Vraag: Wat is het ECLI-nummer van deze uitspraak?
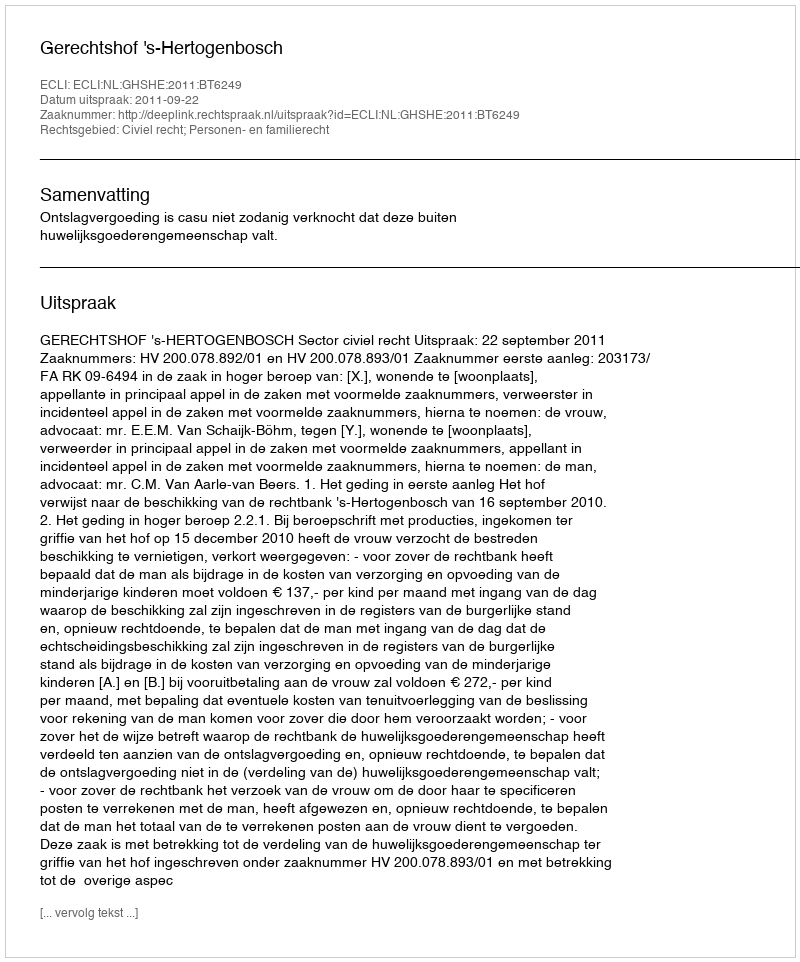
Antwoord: ECLI:NL:GHSHE:2011:BT6249